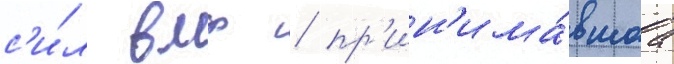
с'и́л вмф / пр'ин'има́вшаа